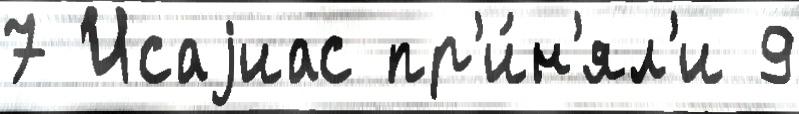
7 Исаjиас пр'и́н'ял'и 9